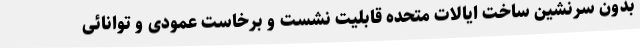
بدون سرنشین ساخت ایالات متحده قابلیت نشست و برخاست عمودی و توانائی